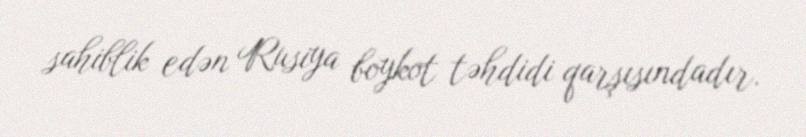
sahiblik edən Rusiya boykot təhdidi qarşısındadır.